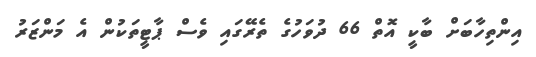
އިންތިހާބަށް ބާކީ އޮތް 66 ދުވަހުގެ ތެރޭގައި ވެސް ޕާޓީތަކުން އެ މަންޒަރު